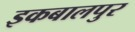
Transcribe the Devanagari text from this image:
इकबालपुर